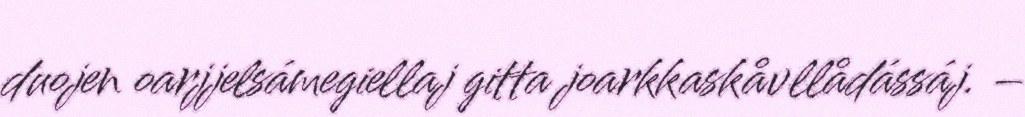
duojen oarjjelsámegiellaj gitta joarkkaskåvllådássáj. –